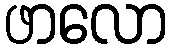
ဖာလော